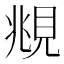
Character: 覜